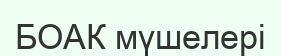
БОАК мүшелері